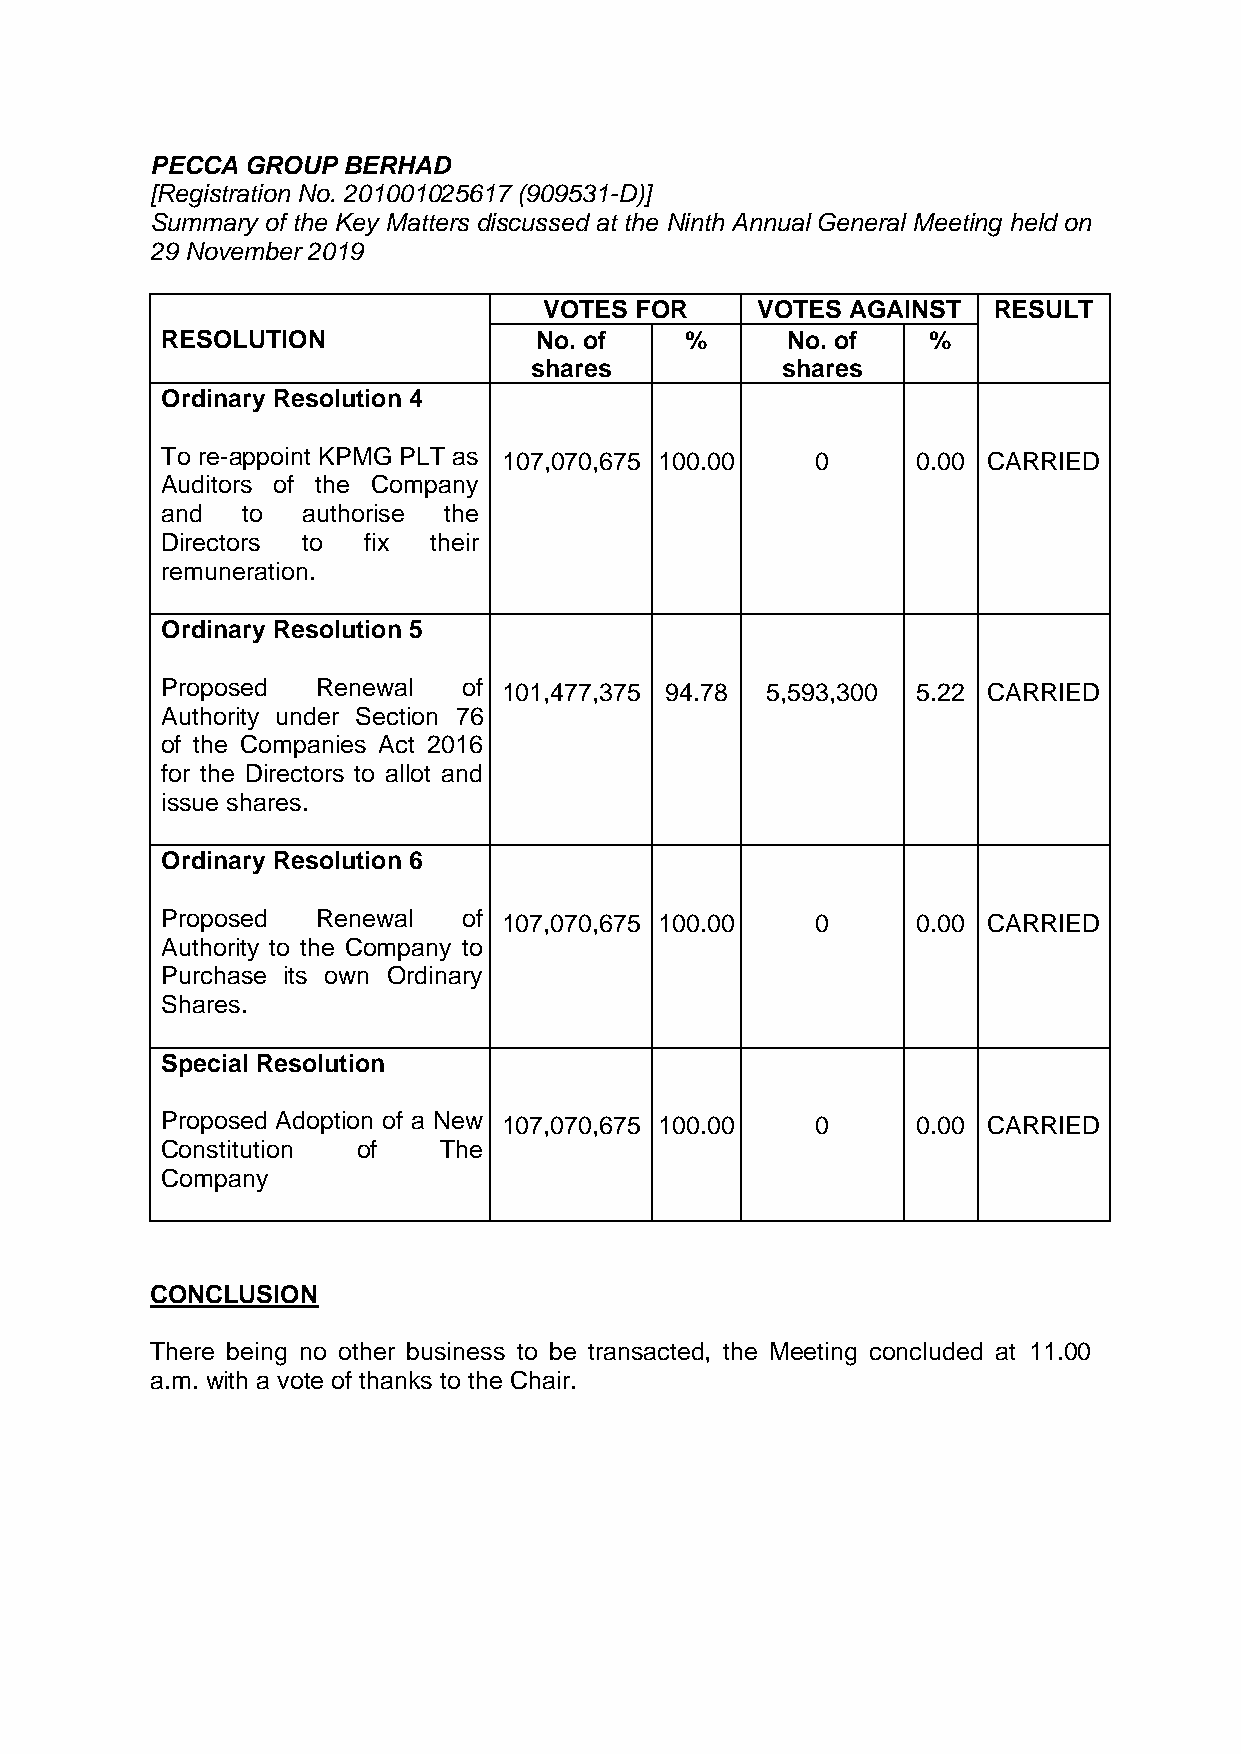
PECCA GROUP  BERHAD
 [Registration No. 201001025617 (909531-D)]
 Summary of the Key Matters discussed at the Ninth Annual General Meeting held on
 29 November 2019
 VOTES FOR     VOTES AGAINST   RESULT
 RESOLUTION              No. of    %      No. of    %
 shares           shares
 Ordinary Resolution 4
 To re-appoint KPMG PLT as 107,070,675 100.00 0    0.00 CARRIED
 Auditors of the Company
 and  to  authorise the
 Directors to fix their
 remuneration.
 Ordinary Resolution 5
 Proposed  Renewal   of 101,477,375 94.78 5,593,300 5.22 CARRIED
 Authority under Section 76
 of the Companies Act 2016
 for the Directors to allot and
 issue shares.
 Ordinary Resolution 6
 Proposed  Renewal   of 107,070,675 100.00  0      0.00 CARRIED
 Authority to the Company to
 Purchase its own Ordinary
 Shares.
 Special Resolution
 Proposed Adoption of a New 107,070,675 100.00 0   0.00 CARRIED
 Constitution of   The
 Company
 CONCLUSION
 There being no other business to be transacted, the Meeting concluded at 11.00
 a.m. with a vote of thanks to the Chair.